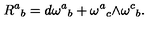
{ R ^ { a } } _ { b } = { d \omega ^ { a } } _ { b } + { \omega ^ { a } } _ { c } \mathrm { \tiny \wedge } { \omega ^ { c } } _ { b } .